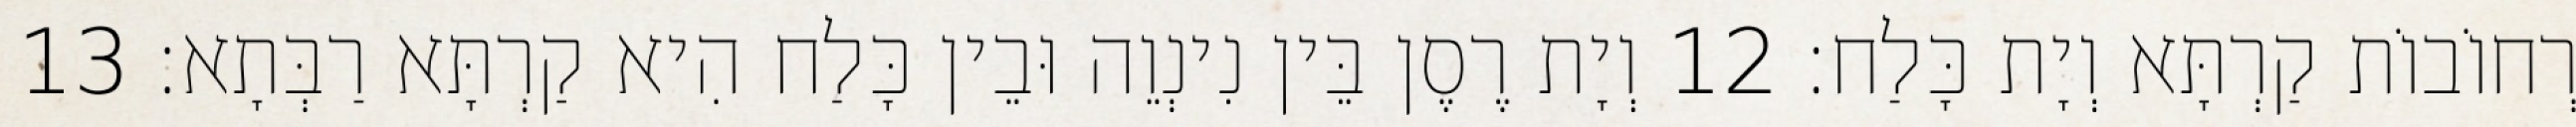
רְחוֹבוֹת קַרְתָּא וְיָת כָּלַח׃ 12 וְיָת רֶסֶן בֵּין נִינְוֵה וּבֵין כָּלַח הִיא קַרְתָּא רַבְּתָא׃ 13